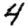
Digit: 4